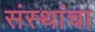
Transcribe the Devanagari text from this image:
संस्‍थांचा